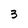
Character: 3